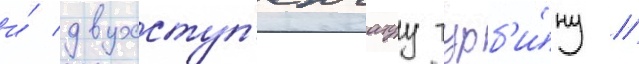
и́ двухступ'енчатуу турб'и́ну //